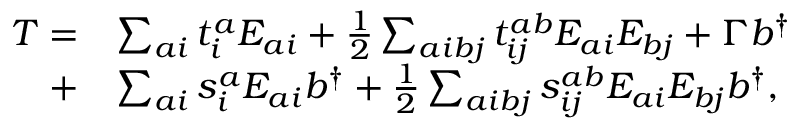
\begin{array} { r l } { T = } & { \sum _ { a i } t _ { i } ^ { a } E _ { a i } + \frac { 1 } { 2 } \sum _ { a i b j } t _ { i j } ^ { a b } E _ { a i } E _ { b j } + \Gamma b ^ { \dagger } } \\ { + } & { \sum _ { a i } s _ { i } ^ { a } E _ { a i } b ^ { \dagger } + \frac { 1 } { 2 } \sum _ { a i b j } s _ { i j } ^ { a b } E _ { a i } E _ { b j } b ^ { \dagger } , } \end{array}